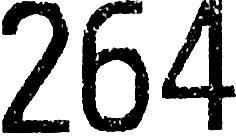
264